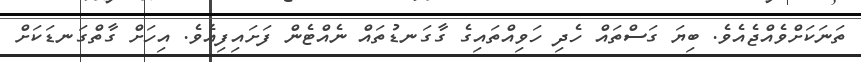
ތަނަކަށްވެއްޖެއެވެ. ބިޔަ ގަސްތައް ހެދި ހަވިއްތައިގެ ގާގަނޑުތައް ނެއްޓެން ފަށައިފިއެވެ. އިހަށް ގާތްގަނޑަކަށް